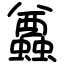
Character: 蠤